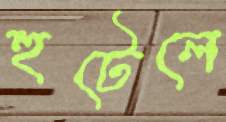
হুটেলে